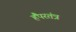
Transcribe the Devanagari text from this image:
हैंपरतंत्र